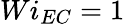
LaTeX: Wi_{EC}=1